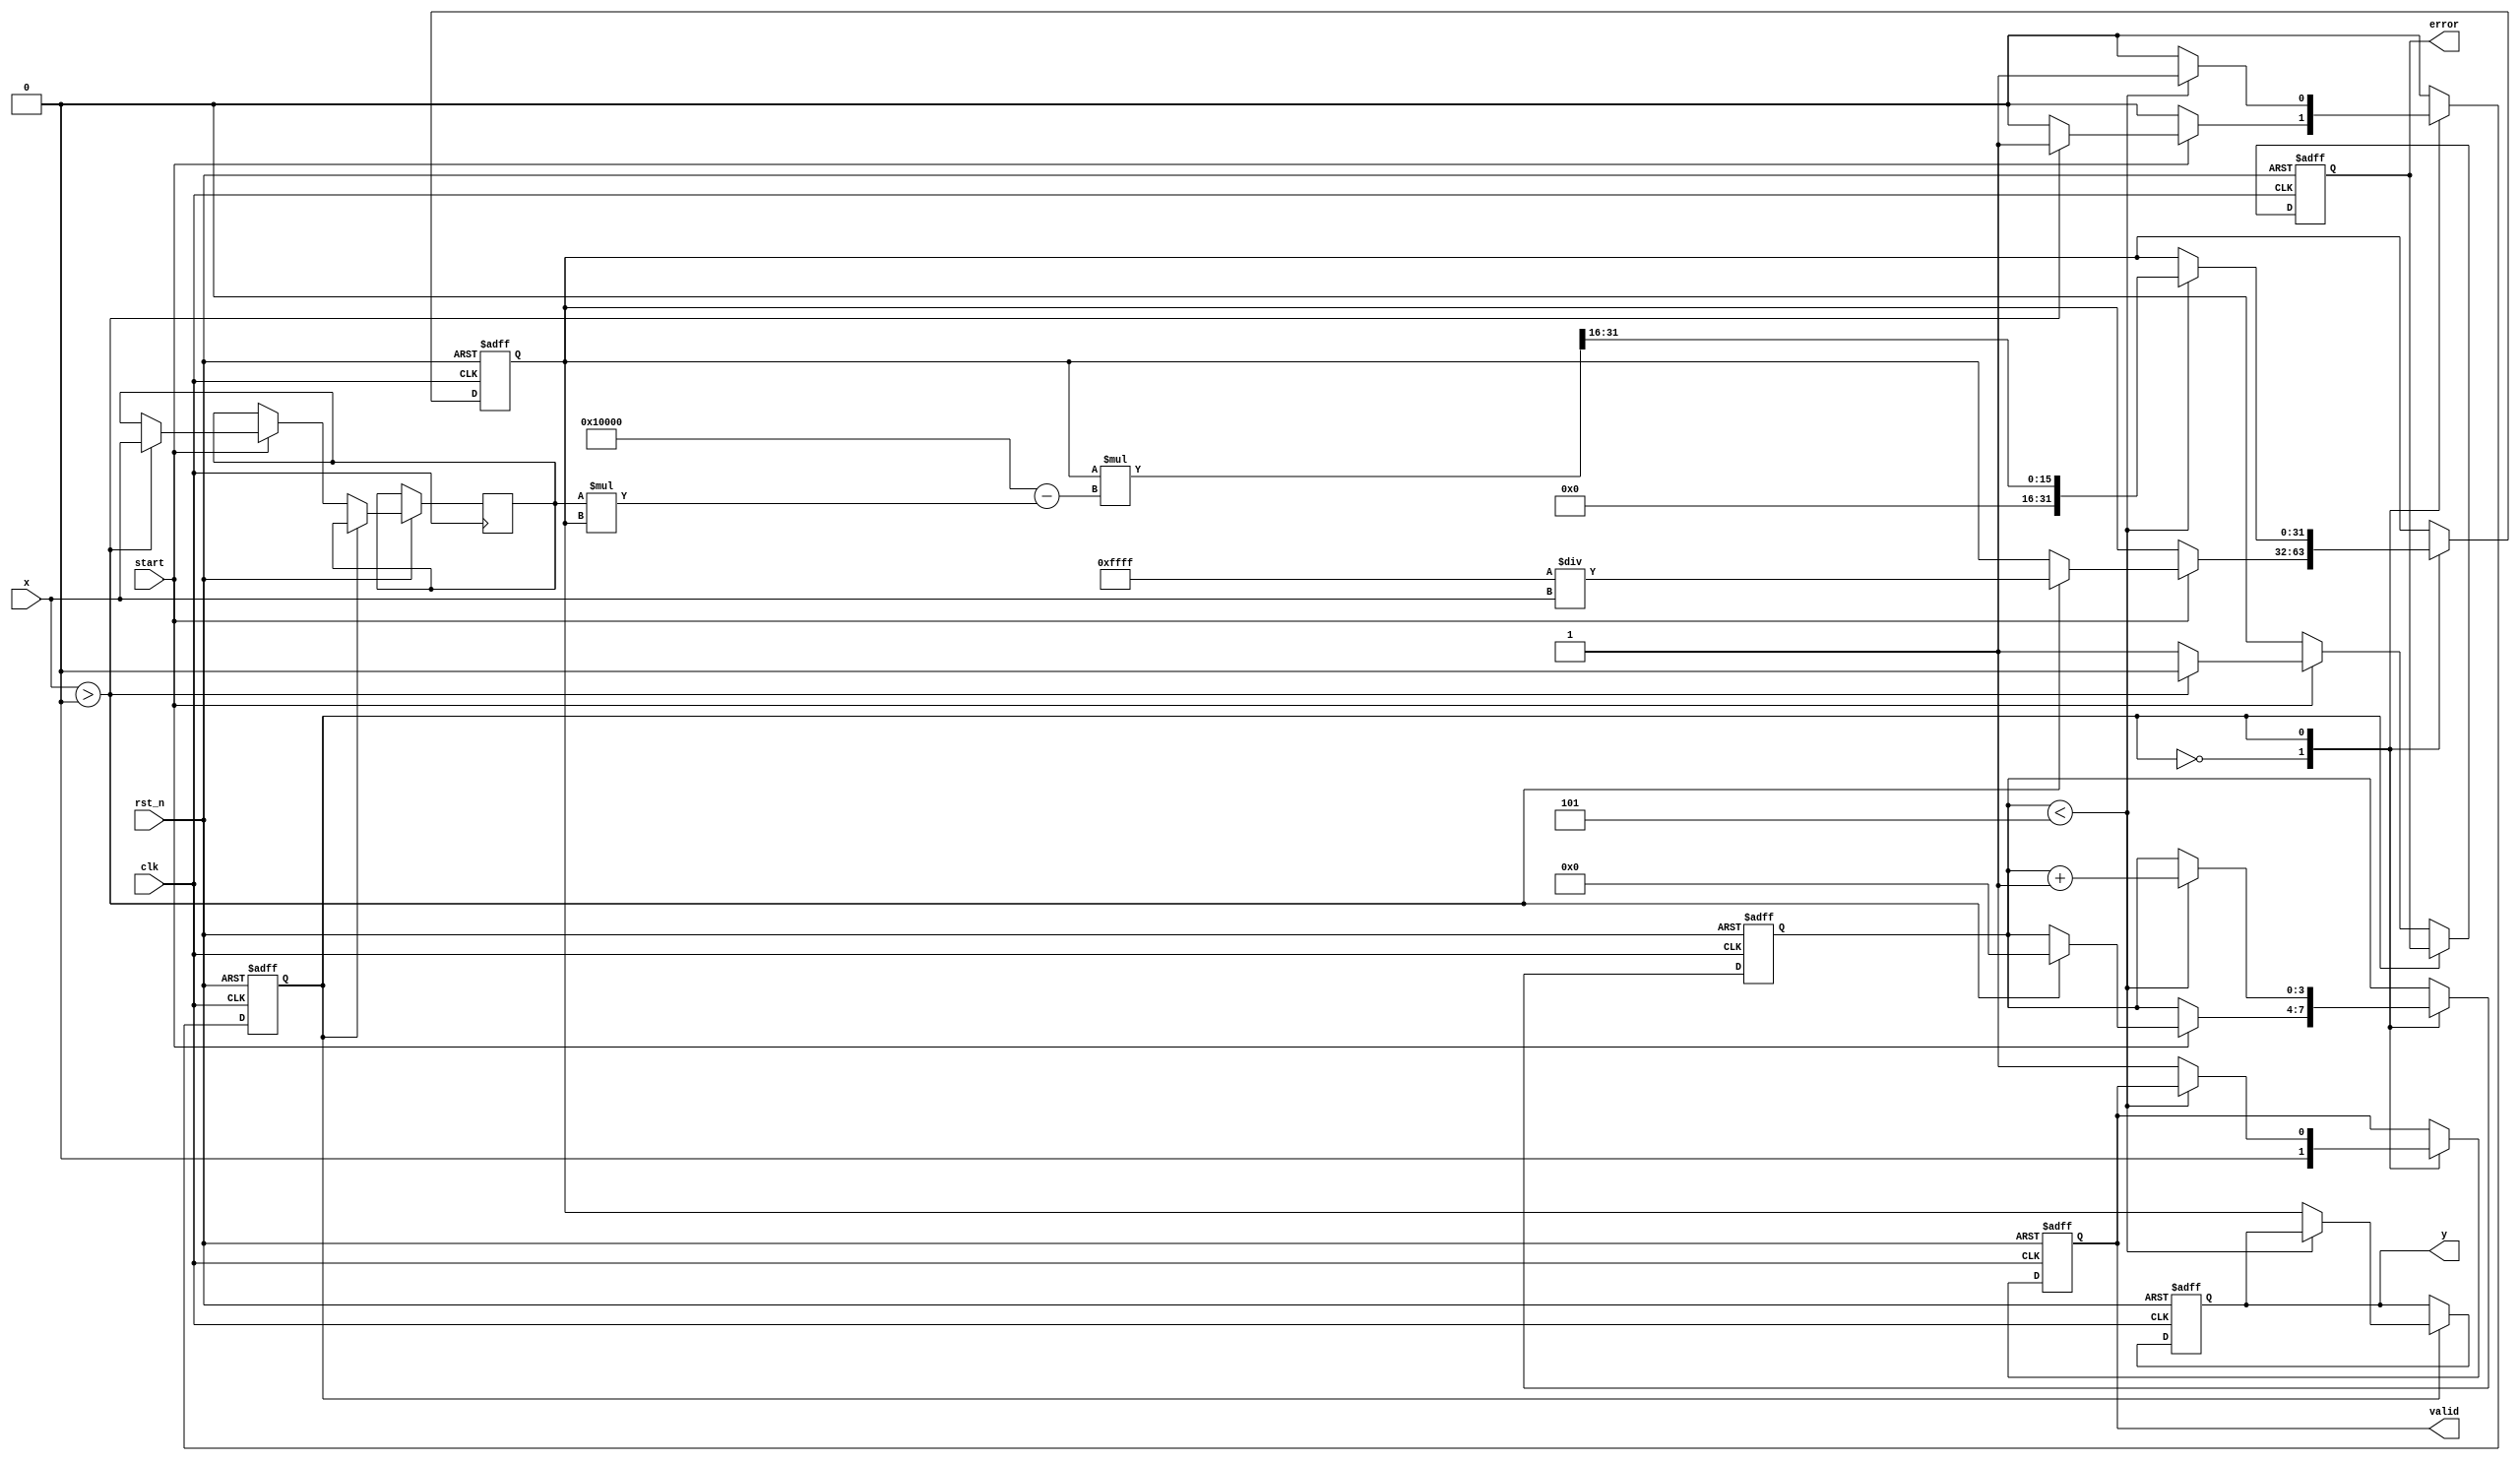
module FixedPointReciprocal #(
    parameter INTEGER_BITS = 16,  // Number of integer bits
    parameter FRACTION_BITS = 16,  // Number of fractional bits
    parameter MAX_ITERATIONS = 5,   // Max iterations for Newton-Raphson
    parameter DELAY_CYCLES = 3       // Delay before output is valid
)(
    input wire clk,
    input wire rst_n,
    input wire start,
    input wire [(INTEGER_BITS + FRACTION_BITS - 1):0] x, // Input value
    output reg [(INTEGER_BITS + FRACTION_BITS - 1):0] y,   // Reciprocal output
    output reg valid, // Output valid signal
    output reg error // Error flag for invalid input
);

// Internal registers
reg [(INTEGER_BITS + FRACTION_BITS - 1):0] x_reg;
reg [(INTEGER_BITS + FRACTION_BITS - 1):0] r;          // Current reciprocal estimate
reg [3:0] iteration_count;                              // Iteration counter
reg state; // State machine state

localparam IDLE = 1'b0, COMPUTE = 1'b1;

// Initializing output and state on reset
always @(posedge clk or negedge rst_n) begin
    if (!rst_n) begin
        y <= 0;
        valid <= 0;
        error <= 0;
        iteration_count <= 0;
        state <= IDLE;
        r <= 0;
    end else begin
        case (state)
            IDLE: begin
                valid <= 0;
                error <= 0;
                if (start) begin
                    if (x > 0) begin
                        x_reg <= x;
                        r <= {1'b0, {FRACTION_BITS{1'b1}}} / x; // Initial guess: 1/x
                        iteration_count <= 0;
                        state <= COMPUTE;
                    end else begin
                        error <= 1; // Error for invalid input
                    end
                end
            end
            COMPUTE: begin
                if (iteration_count < MAX_ITERATIONS) begin
                    r <= r * (2**FRACTION_BITS - x_reg * r) >> FRACTION_BITS; // Newton-Raphson formula
                    iteration_count <= iteration_count + 1;
                end else begin
                    y <= r; // Final result
                    valid <= 1; // Output is valid
                    state <= IDLE; // Go back to idle
                end
            end
        endcase
    end
end

endmodule